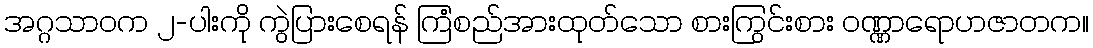
အဂ္ဂသာဝက ၂-ပါးကို ကွဲပြားစေရန် ကြံစည်အားထုတ်သော စားကြွင်းစား ဝဏ္ဏာရောဟဇာတက။